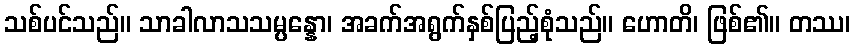
သစ်ပင်သည်။ သာခါလာသသမ္ပန္နော၊ အခက်အရွက်နှစ်ပြည့်စုံသည်။ ဟောတိ၊ ဖြစ်၏။ တဿ၊